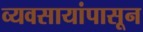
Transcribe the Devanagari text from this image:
व्यवसायांपासून